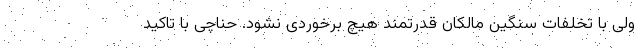
ولی با تخلفات سنگین مالکان قدرتمند هیچ برخوردی نشود. حناچی با تاکید